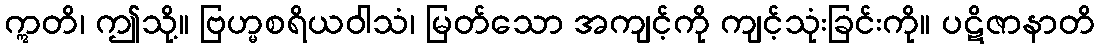
ဣတိ၊ ဤသို့။ ဗြဟ္မစရိယဝါသံ၊ မြတ်သော အကျင့်ကို ကျင့်သုံးခြင်းကို။ ပဋိဇာနာတိ